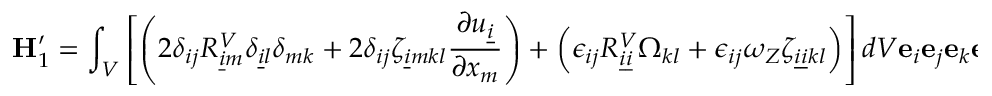
\mathbf { H } _ { 1 } ^ { \prime } = \int _ { V } \left[ \left( 2 \delta _ { i j } R _ { \underline { { i } } m } ^ { V } \delta _ { \underline { { i } } l } \delta _ { m k } + 2 \delta _ { i j } \zeta _ { \underline { { i } } m k l } \frac { \partial u _ { \underline { { i } } } } { \partial x _ { m } } \right) + \left( \epsilon _ { i j } R _ { \underline { { i } } \underline { { i } } } ^ { V } \Omega _ { k l } + \epsilon _ { i j } \omega _ { Z } \zeta _ { \underline { { i } } \underline { { i } } k l } \right) \right] d V \mathbf { e } _ { i } \mathbf { e } _ { j } \mathbf { e } _ { k } \mathbf { e } _ { l } ,